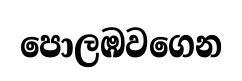
පොලඹවගෙන